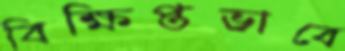
বিক্ষিপ্তভাবে